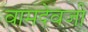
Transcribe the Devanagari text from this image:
वामदेवजी